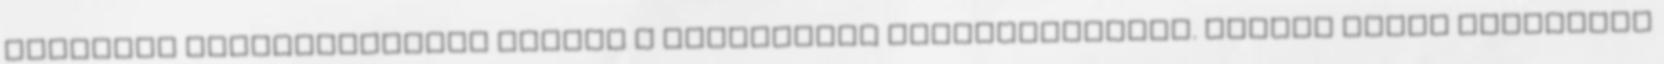
előzetes megállapodásra jusson a befektetni szándékozókkal. Minden egyes ajánlatot